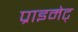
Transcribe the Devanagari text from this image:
प्राइमेट्